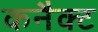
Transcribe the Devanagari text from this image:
कनैक्ट